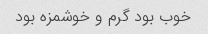
خوب بود گرم و خوشمزه بود